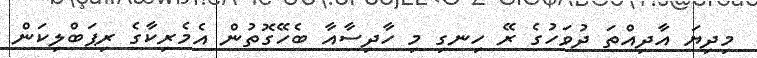
މިދިޔަ އާދިއްތަ ދުވަހުގެ ރޭ ހިނގި މި ހާދިސާއާ ބެހޭގޮތުން އެމެރިކާގެ ރިޕަބްލިކަން